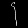
Digit: ၄